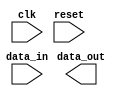
module moore_state_machine (
    input clk,
    input reset,
    input data_in,
    output reg data_out
);

// State definitions
parameter S0 = 2'b00;
parameter S1 = 2'b01;
parameter S2 = 2'b10;

// State register
reg [1:0] state, next_state;

// Output register
reg data_out_reg;

// State machine logic
always @(posedge clk or posedge reset) begin
    if (reset) begin
        state <= S0;
    end else begin
        state <= next_state;
    end
end

// Output generation
always @(state) begin
    case (state)
        S0: data_out_reg <= 1'b0;
        S1: data_out_reg <= 1'b1;
        S2: data_out_reg <= data_in;
    endcase
end

// State transitions
always @(state, data_in) begin
    case (state)
        S0: next_state = data_in ? S1 : S0;
        S1: next_state = data_in ? S2 : S0;
        S2: next_state = data_in ? S2 : S1;
    endcase
end

endmodule